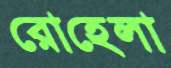
রোহেলা